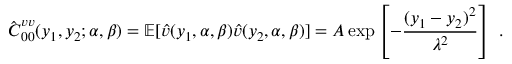
\hat { \boldsymbol { C } } _ { 0 0 } ^ { v v } ( y _ { 1 } , y _ { 2 } ; \alpha , \beta ) = \mathbb { E } [ \hat { v } ( y _ { 1 } , \alpha , \beta ) \hat { v } ( y _ { 2 } , \alpha , \beta ) ] = A \exp \left[ - \frac { ( y _ { 1 } - y _ { 2 } ) ^ { 2 } } { \lambda ^ { 2 } } \right] \mathrm { ~ . ~ }